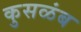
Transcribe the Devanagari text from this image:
कुसळंब